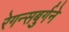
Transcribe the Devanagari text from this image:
रेगन्सबुर्गने